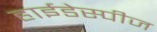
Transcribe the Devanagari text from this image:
हाईडेस्पीज